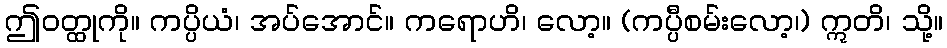
ဤဝတ္ထုကို။ ကပ္ပိယံ၊ အပ်အောင်။ ကရောဟိ၊ လော့။ (ကပ္ပီစမ်းလော့၊) ဣတိ၊ သို့။